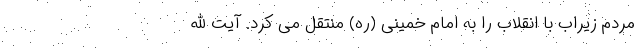
مردم زیراب با انقلاب را به امام خمینی (ره) منتقل می کرد. آیت الله